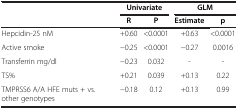
|  | <COLSPAN=2> Univariate | <COLSPAN=2> GLM |
 |  | R | P | Estimate | p |
 | --- | --- | --- | --- | --- |
 | Hepcidin-25 nM | +0.60 | <0.0001 | +0.63 | <0.0001 |
 | Active smoke | −0.25 | <0.0001 | −0.27 | 0.0016 |
 | Transferrin mg/dl | −0.23 | 0.032 | - | - |
 | TS% | +0.21 | 0.039 | +0.13 | 0.22 |
 | TMPRSS6 A/A HFE muts + vs. other genotypes | −0.18 | 0.12 | +0.13 | 0.99 |